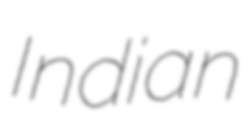
Indian